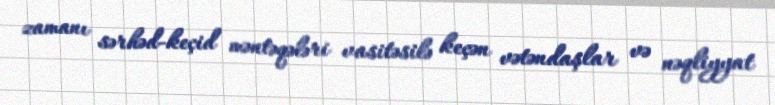
zamanı sərhəd-keçid məntəqələri vasitəsilə keçən vətəndaşlar və nəqliyyat